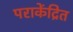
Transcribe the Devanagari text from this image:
पराकेंद्रित